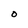
Character: O